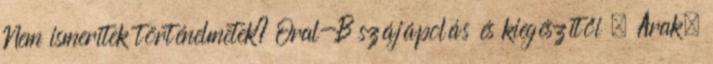
Nem ismeritek történelmetek? Oral-B szájápolás és kiegészítői – Árak,